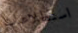
استطلاعات